Vaccination in Burma 1920-1933 - 1920-1933
Year: 1920
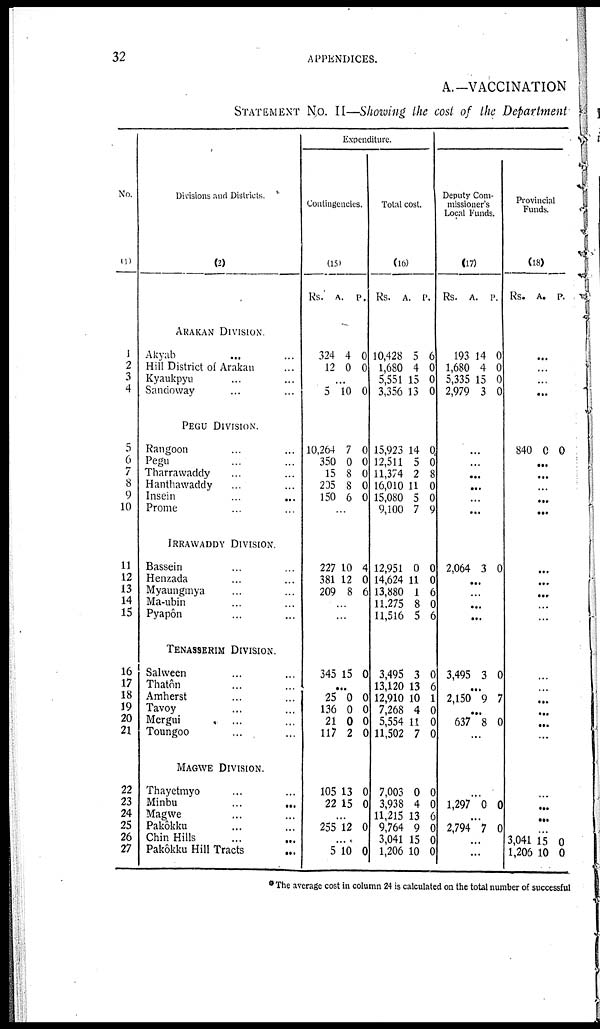
32
APPENDICES.
A.—VACCINATION
STATEMENT No. II—Showing the cost of the Department
No.
(1)
1
2
3
4
5
6
7
8
9
10
11
12
13
14
15
16
17
18
19
20
21
22
23
24
25
26
27
Divisions and Districts.
(2)
ARAKAN DIVISION.
Akyab ... ...
Hill District of Arakan ...
Kyaukpyu ... ...
Sandoway ... ...
PEGU DIVISION.
Rangoon ... ...
Pegu ... ...
Tharrawaddy ... ...
Hanthawaddy ... ...
Insein
...
...
Prome ... ...
IRRAWADDY DIVISION.
Bassein ... ...
Henzada ... ...
Myaungmya ... ...
Ma-ubin ... ...
Pyapôn ... ...
TENASSERIM DIVISION.
Salween ... ...
Thatôn ... ...
Amherst ... ...
Tavoy ... ...
Mergui ... ...
Toungoo ... ...
MAGWE DIVISION.
Thayetmyo ... ...
Minbu
...
...
Magwe ... ...
Pakôkku ... ...
Chin Hills ... ...
Pakôkku Hill Tracts ...
Expenditure.
Contingencies.
(15)
Rs.
A.
P.
324
12
4
0
0
0
...
5 10 0
10,264
350
15
205
150
7
0
8
8
6
0
0
0
0
0
...
227
381
209
10
12
8
4
0
6
...
...
345 15 0
...
25
136
21
117
0
0
0
2
0
0
0
0
105
22
13
15
0
0
...
255 12 0
...
5 10 0
Total cost.
(16)
Rs.
A.
P.
10,428
1,680
5,551
3,356
5
4
15
13
6
0
0
0
15,923
12,511
11,374
16,010
15,080
9,100
14
5
2
11
5
7
0
0
8
0
0
9
12,951
14,624
13,880
11,275
11,516
0
11
1
8
5
0
0
6
0
6
3,495
13,120
12,910
7,268
5,554
11,502
3
13
10
4
11
7
0
6
1
0
0
0
7,003
3,938
11,215
9,764
3,041
1,206
0
4
13
9
15
10
0
0
6
0
0
0
Deputy Com-
missioner's
Local Funds.
(17)
Rs.
A. P.
193
1,680
5,335
2,979
14
4
15
3
0
0
0
0
...
...
...
...
...
...
2,064 3 0
...
...
...
...
3,495 3 0
...
2,150 9 7
...
637 8 0
...
...
1,297 0 0
...
2,794 7 0
...
...
Provincial
Funds.
(18)
Rs. A. P.
...
...
...
...
840 0 0
...
...
...
...
...
...
...
...
...
...
...
...
...
...
...
...
...
...
...
...
3,041
1,206
15
10
0
0
* The average cost in column 24 is calculated on the total number of successful